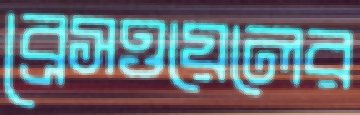
ব্রেসওয়েলের